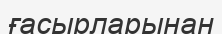
ғасырларынан